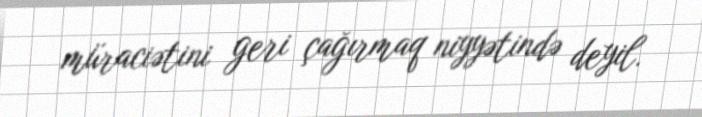
müraciətini geri çağırmaq niyyətində deyil.